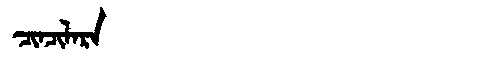
Manchu: ᠴᡳᠨᠴᡳᠯᠠᡵᠠ
Romanization: CINCILARA